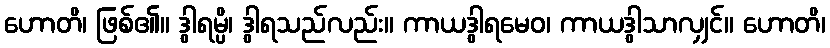
ဟောတိ၊ ဖြစ်၏။ ဒွါရမ္ပိ၊ ဒွါရသည်လည်း။ ကာယဒွါရမေဝ၊ ကာယဒွါသာလျှင်။ ဟောတိ၊